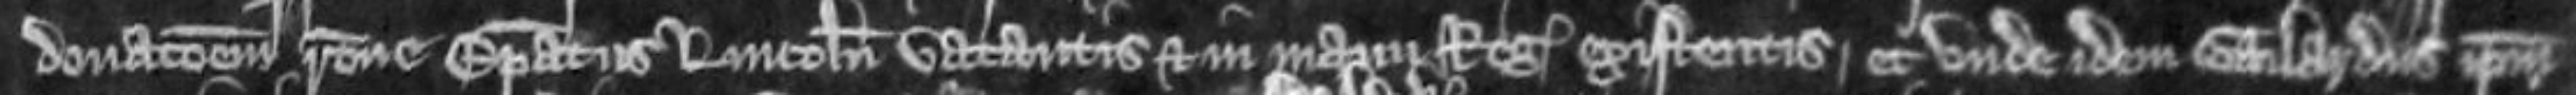
donationem ratione Episcopatus Lincolniensis vacantis et in manu regis existentis. et unde idem Gailardus ipsum